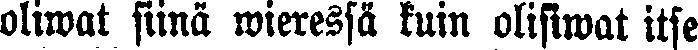
oliwat siinä wieressä kuin olisiwat itse